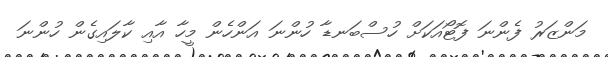
މަންޒަރު ފެންނަ ފޮޓޯއަކަށް ހުސްބަނޑާ ހުންނަ އަންހެން މީހާ އާއި ކާލައިގެން ހުންނަ